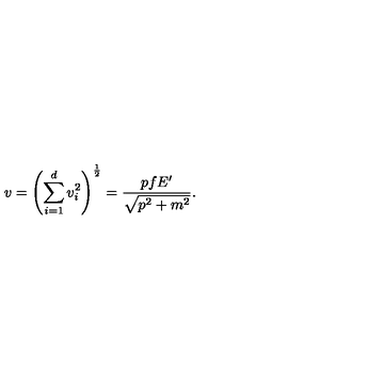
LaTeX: v = \left( \sum _ { i = 1 } ^ { d } v _ { i } ^ { 2 } \right) ^ { \frac { 1 } { 2 } } = \frac { p f E ^ { \prime } } { \sqrt { p ^ { 2 } + m ^ { 2 } } } .